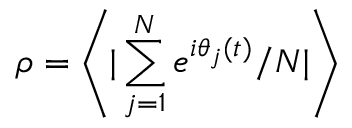
\rho = \left\langle | \sum _ { j = 1 } ^ { N } e ^ { i \theta _ { j } ( t ) } / N | \right\rangle